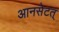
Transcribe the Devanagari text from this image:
आनसेटत्